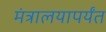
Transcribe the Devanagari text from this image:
मंत्रालयापर्यंत